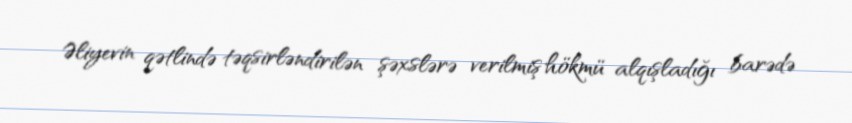
Əliyevin qətlində təqsirləndirilən şəxslərə verilmiş hökmü alqışladığı barədə